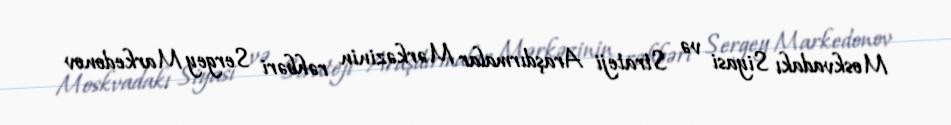
Moskvadakı Siyasi və Strateji Araşdırmalar Mərkəzinin rəhbəri Sergey Markedonov